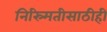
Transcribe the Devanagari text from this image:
निस्र्मितीसाठीही